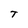
Character: T